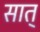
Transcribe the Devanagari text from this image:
सात्